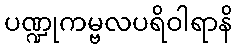
ပဏ္ဍုကမ္ဗလပရိဝါရာနိ